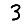
Digit: 3